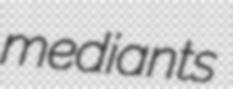
mediants